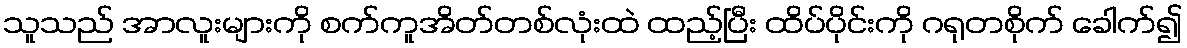
သူသည် အာလူးများကို စက်ကူအိတ်တစ်လုံးထဲ ထည့်ပြီး ထိပ်ပိုင်းကို ဂရုတစိုက် ခေါက်၍